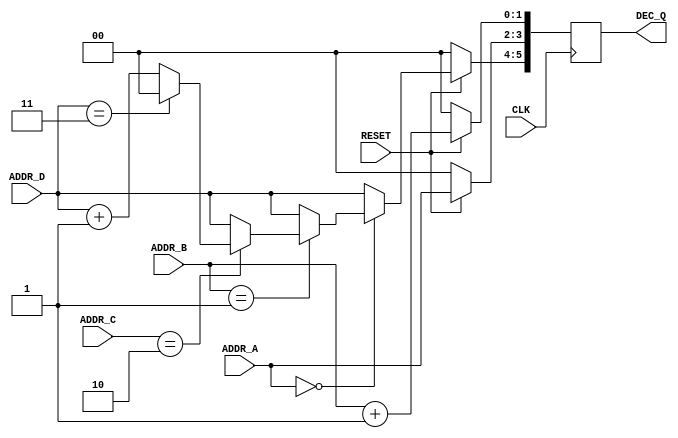
     ////////////////////////////////////////
    // NESTED_IF.V Version 1.0            //
   // Xilinx HDL Synthesis Design Guide  //
  // Nested If vs. Case Design Example  //
 // August 1997                        //
////////////////////////////////////////

module nested_if (ADDR_A, ADDR_B, ADDR_C, ADDR_D, RESET, CLK, DEC_Q);

    input  [1:0]  ADDR_A ;
    input  [1:0]  ADDR_B ;
    input  [1:0]  ADDR_C ;
    input  [1:0]  ADDR_D ;
    input         RESET, CLK ;
    output [5:0]  DEC_Q ;

    reg    [5:0]  DEC_Q ;

    //  Nested If Process  //
    always @ (posedge CLK)
        begin
        if (RESET == 1'b1)
            begin
            if (ADDR_A == 2'b00)
                begin
                DEC_Q[5:4] <= ADDR_D;
                DEC_Q[3:2] <= 2'b01;
                DEC_Q[1:0] <= 2'b00;
                if (ADDR_B == 2'b01)
                    begin
                    DEC_Q[3:2] <= ADDR_A + 1'b1;
                    DEC_Q[1:0] <= ADDR_B + 1'b1;
                    if (ADDR_C == 2'b10)
                        begin
                        DEC_Q[5:4] <= ADDR_D + 1'b1;
                        if (ADDR_D == 2'b11)
                            DEC_Q[5:4] <= 2'b00;
                        end
                    else
                        DEC_Q[5:4] <= ADDR_D;
                    end
                end
            else
                DEC_Q[5:4] <= ADDR_D;
                DEC_Q[3:2] <= ADDR_A;
                DEC_Q[1:0] <= ADDR_B + 1'b1;
            end
        else
            DEC_Q <= 6'b000000;
        end

endmodule